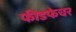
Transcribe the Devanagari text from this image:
फीडफेचर